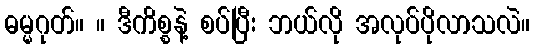
ဓမ္မဂုတ်။ ။ ဒီကိစ္စနဲ့ စပ်ပြီး ဘယ်လို အလုပ်ပိုလာသလဲ။